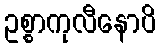
ဥစ္စာကုလီနောပိ